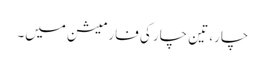
چار، تین چار کی فارمیشن میں۔